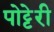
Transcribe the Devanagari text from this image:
पोट्टेरी